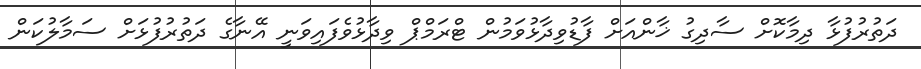
ދަތުރުފުޅާ ދިމާކޮށް ސާދިގު ޚާންއަށް ފާޑުވިދާޅުވަމުން ޓްރަމްޕް ވިދާޅުވެފައިވަނީ އޭނާގެ ދަތުރުފުޅަށް ސަމާލުކަން